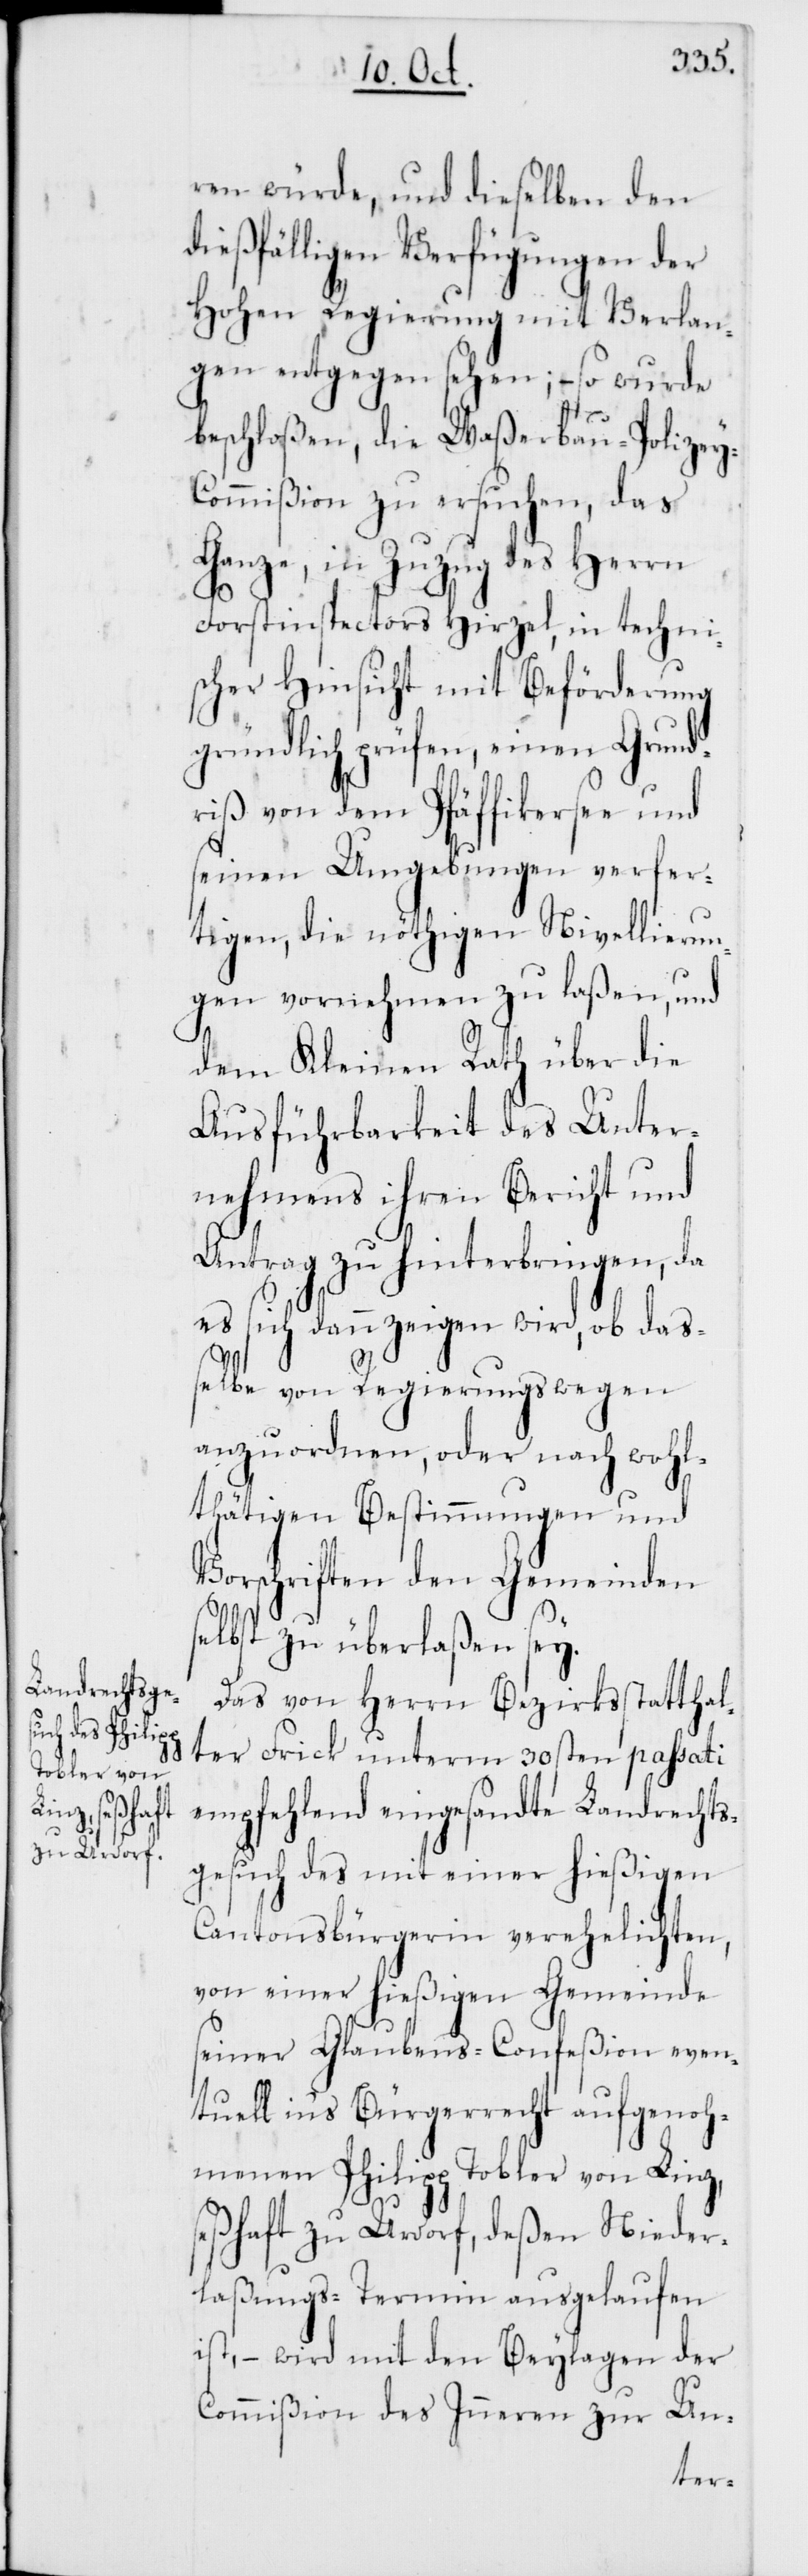
ren würde, und dieselben den
dießfälligen Verfügungen der
Hohen Regierung mit Verlan¬
gen entgegen sehen; – so wurde
beschloßen, die Waßerbau-Polizey-C¬
ommißion zu ersuchen, das
Ganze, in Zuzug des Herrn
Forstinspectors Hirzel, in techni¬
scher Hinsicht mit Beförderung
gründlich prüfen, einen Grund¬
riß von dem Pfäffikersee und
seinen Umgebungen verfer¬
tigen, die nöthigen Nivellierun¬
gen vornehmen zu laßen, und
dem Kleinen Rathe über die
Ausführbarkeit des Unter¬
nehmens ihren Bericht und
Antrag zu hinterbringen, da
es sich dann zeigen wird, ob daß¬
elbe von Regierungs wegen
anzuordnen, oder nach wohl¬
thätigen Bestimmungen und
Vorschriften den Gemeinden
selbst zu überlaßen sey.
Das von Herrn Bezirksstatthal¬
ter Frick unterm 30sten passati
empfehlend eingesandte Landrechts¬
gesuch des mit einer hießigen
Cantonsbürgerin verehelichten,
von einer hießigen Gemeinde
seiner Glaubens-Confeßion even¬
tuell ins Bürgerrecht aufgenoh¬
menen Philip Tobler von Linz,
seßhaft zu Urdorf, deßen Nieder¬
laßungs-Termin ausgelaufen
ist, – wird mit den Beylagen der
Commißion des Innern zur Un-